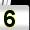
Digit: 5